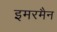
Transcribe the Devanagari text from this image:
इमरमैन